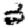
Digit: 3